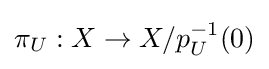
\pi _{U}:X\to X/p_{U}^{-1}(0)